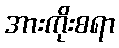
အားကိုးစရာ